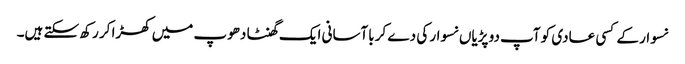
نسوار کے کسی عادی کو آپ دو پڑیاں نسوار کی دے کر باآسانی ایک گھنٹا دھوپ میں کھڑا کر رکھ سکتے ہیں۔